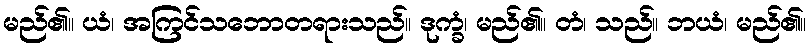
မည်၏။ ယံ၊ အကြင်သဘောတရားသည်။ ဒုက္ခံ၊ မည်၏။ တံ၊ သည်။ ဘယံ၊ မည်၏။